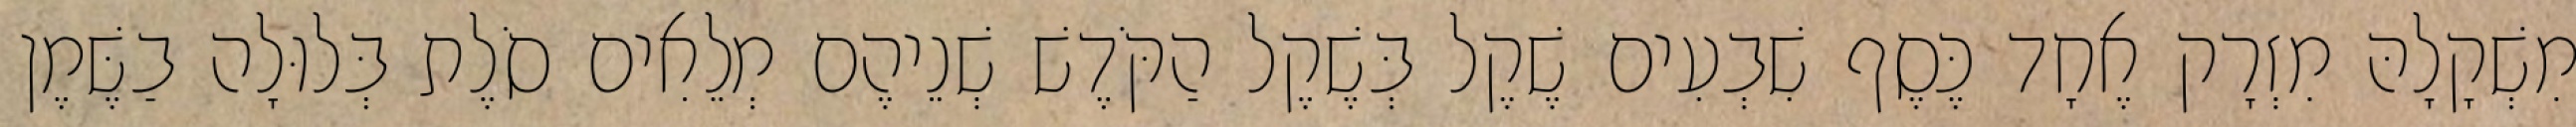
מִשְׁקָלָהּ מִזְרָק אֶחָד כֶּסֶף שִׁבְעִים שֶׁקֶל בְּשֶׁקֶל הַקֹּדֶשׁ שְׁנֵיהֶם מְלֵאִים סֹלֶת בְּלוּלָה בַשֶּׁמֶן